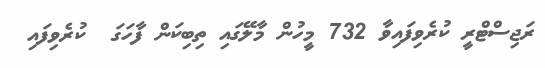
ރަޖިސްޓްރީ ކުރެވިފައިވާ 732 މީހުން މާލޭގައި ތިބިކަން ފާހަގަ  ކުރެވިފައި